Report of an investigation into the causes of malaria in Bombay and the measures necessary for its control
Disease focus: Malaria
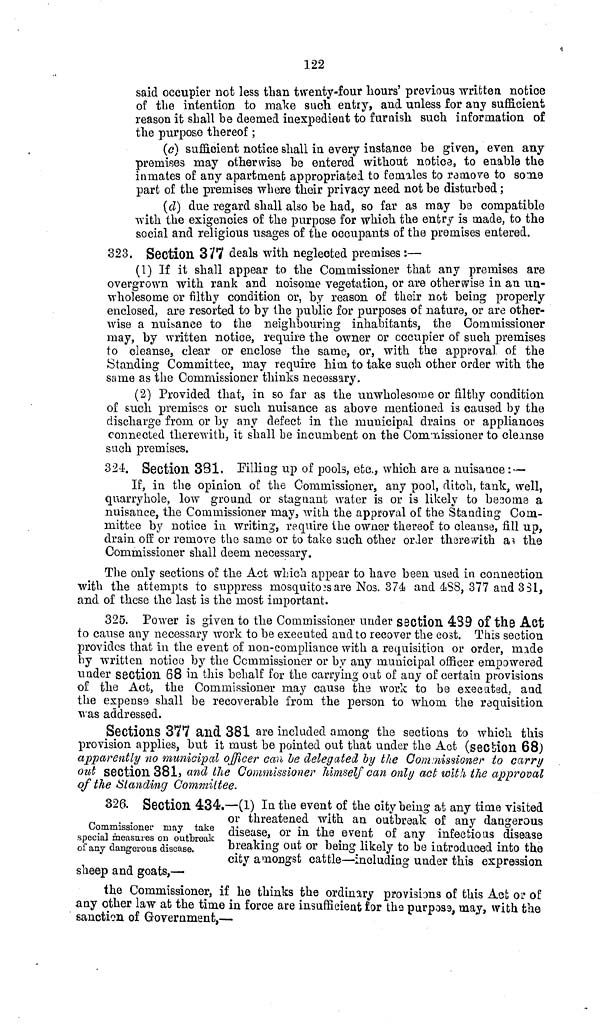
122
said occupier not less than twenty-four hours' previous written notice
of the intention to make such entry, and unless for any sufficient
reason it shall be deemed inexpedient to furnish such information of
the purpose thereof ;
(c) sufficient notice shall in every instance be given, even any
premises may otherwise be entered without notice, to enable the
inmates of any apartment appropriated to females to remove to some
part of the premises where their privacy need not be disturbed;
(d) due regard shall also be had, so far as may be compatible
with the exigencies of the purpose for which the entry is made, to the
social and religious usages of the occupants of the premises entered.
323. Section 377 deals with neglected premises :—
(1) If it shall appear to the Commissioner that any premises are
overgrown with rank and noisome vegetation, or are otherwise in an un-
wholesome or filthy condition or, by reason of their not being properly
enclosed, are resorted to by the public for purposes of nature, or are other-
wise a nuisance to the neighbouring inhabitants, the Commissioner
may, by written notice, require the owner or occupier of such premises
to cleanse, clear or enclose the same, or, with the approval of the
Standing Committee, may require him to take such other order with the
same as the Commissioner thinks necessary,
(2) Provided that, in so far as the unwholesome or filthy condition
of such premises or such nuisance as above mentioned is caused by the
discharge from or by any defect in the municipal drains or appliances
connected therewith, it shall be incumbent on the Commissioner to cleanse
such premises.
324. Section 381, Filling up of pools, etc., which are a nuisance : —
If, in the opinion of the Commissioner, any pool, ditch, tank, well,
quarry hole, low ground or stagnant water is or is likely to become a
nuisance, the Commissioner may, with the approval of the Standing Com-
mittee by notice in writing, require the owner thereof to cleanse, fill up,
drain off or remove the same or to take such other order therewith as the
Commissioner shall deem necessary.
The only sections of the Act which appear to have been used in connection
with the attempts to suppress mosquitoes are Nos. 374 and 488, 377 and 331,
and of these the last is the most important.
325. Power is given to the Commissioner under section 439 of the Act
to cause any necessary work to be executed and to recover the cost. This section
provides that in the event of non-compliance with a requisition or order, made
by written notice by the Commissioner or by any municipal officer empowered
under section 68 in this behalf for the carrying out of any of certain provisions
of the Act, the Commissioner may cause the work to be executed, and
the expense shall be recoverable from the person to whom, the requisition
was addressed.
Sections 377 and 381 are included among the sections to which, this
provision applies, but it must be pointed out that under the Act (section 68)
apparently no municipal officer can he delegated by the Commissioner to carry
out section 381, and the Commissioner himself can only act with the approval
of the Standing Committee.
Commissioner may take
special measures on outbreak
of any dangerous disease.
326. Section 434.—(1) In the event of the city being at any time visited
or threatened with an outbreak of any dangerous
disease, or in the event of any infectious disease
breaking out or being likely to be introduced into the
city amongst cattle—including under this expression
sheep and goats,—
the Commissioner, if he thinks the ordinary provisions of this Act or of
any other law at the time in force are insufficient for the purpose, may, with the
sanction of Government,—